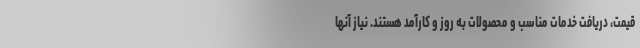
قیمت، دریافت خدمات مناسب و محصولات به روز و کارآمد هستند. نیاز آنها